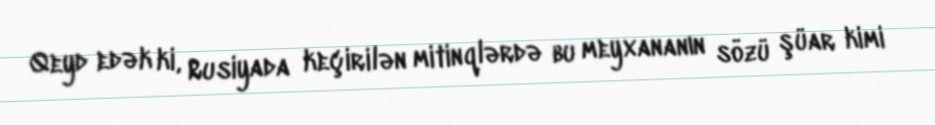
Qeyd edək ki, Rusiyada keçirilən mitinqlərdə bu meyxananın sözü şüar kimi